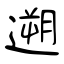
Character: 遡